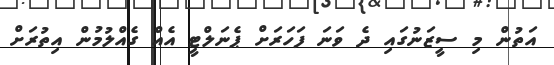
އަތުން މި ސީޒަނުގައި ދެ ވަނަ ފަހަރަށް ޕެނަލްޓީ އެއް ގެއްލުމުން އިތުރަށް